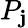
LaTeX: P_{\mathbf{j}}